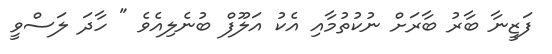
ފަޒީނާ ބާރު ބާރަށް ނުކުތުމާއި އެކު އަލޫފް ބުނެލިއެވެ " ހާދަ ލަސްވީ